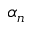
\alpha _ { n }